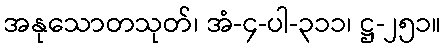
အနုသောတသုတ်၊ အံ-၄-ပါ-၃၁၁၊ ဋ္ဌ-၂၅၁။